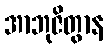
အာဘုဇိတွာန